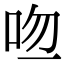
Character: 𠱎